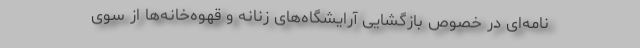
نامه‌ای در خصوص بازگشایی آرایشگاه‌های زنانه و قهوه‌خانه‌ها از سوی